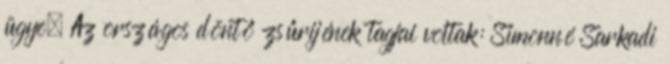
ügye. Az országos döntő zsűrijének tagjai voltak: Simonné Sarkadi